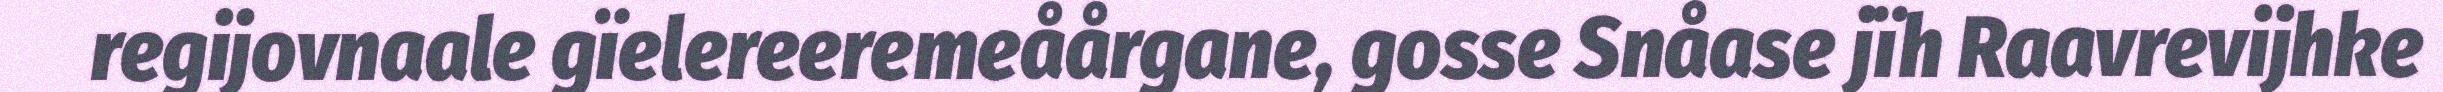
regijovnaale gïelereeremeåårgane, gosse Snåase jïh Raavrevijhke